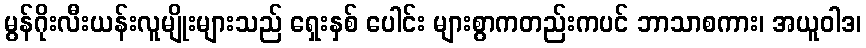
မွန်ဂိုးလီးယန်းလူမျိုးများသည် ရှေးနှစ် ပေါင်း များစွာကတည်းကပင် ဘာသာစကား၊ အယူဝါဒ၊